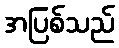
အပြစ်သည်